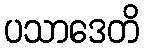
ပသာဒေတိ